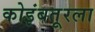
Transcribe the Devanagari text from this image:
कोइंबतूरला